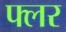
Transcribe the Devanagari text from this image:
फ्लर